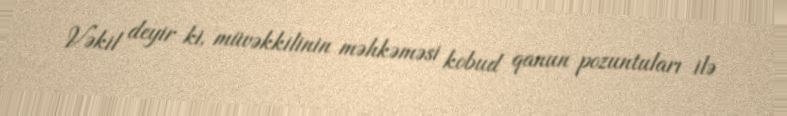
Vəkil deyir ki, müvəkkilinin məhkəməsi kobud qanun pozuntuları ilə